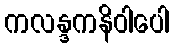
ကလန္ဒကနိဝါပေါ